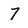
Character: 7